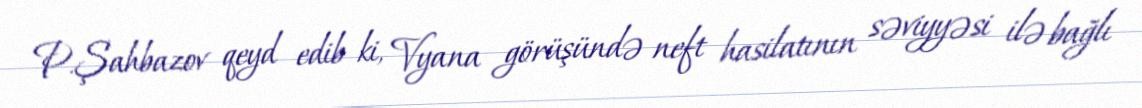
P.Şahbazov qeyd edib ki, Vyana görüşündə neft hasilatının səviyyəsi ilə bağlı